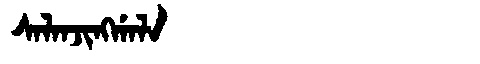
Manchu: ᠰᠠᠯᠠᠨᠵᡳᠩᡤᠠᠯᠠ
Romanization: SALANJINGGALA